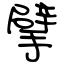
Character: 擘